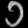
Digit: ၁